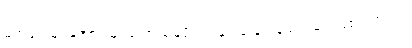
မိဘများမှာ အောင်မြင်သော မြေပိုင်ရှင်နှင့် ဆန်ကုန်သည်များဖြစ်ကြသည်။